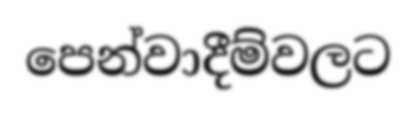
පෙන්වාදීම්වලට